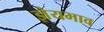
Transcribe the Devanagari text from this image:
ज्ञेयभाव